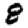
Digit: 8